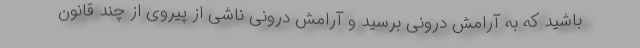
باشید که به آرامش درونی برسید و آرامش درونی ناشی از پیروی از چند قانون